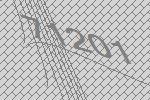
71201